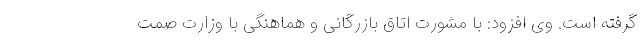
گرفته است. وی افزود: با مشورت اتاق بازرگانی و هماهنگی با وزارت صمت